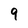
Character: 9